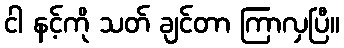
ငါ နင့်ကို သတ် ချင်တာ ကြာလှပြီ။